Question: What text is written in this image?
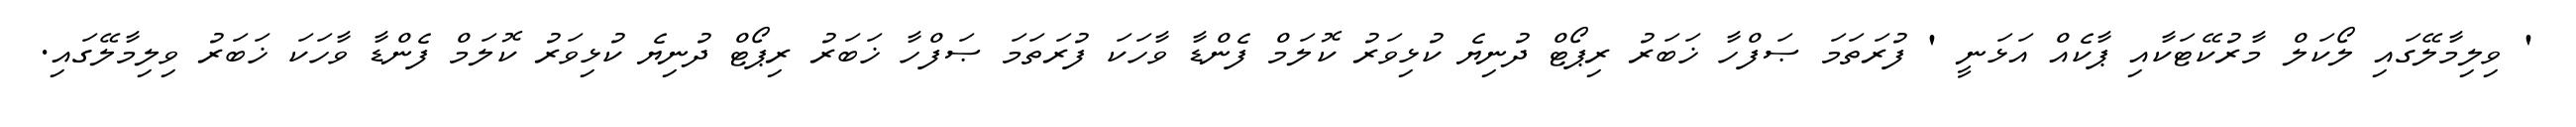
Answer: ' ވިލިމާލޭގައި ލޯކަލް މާރުކޭޓަކާއި ޕާކެއް އަޅަނީ ' ފުރަތަމަ ޞަފްހާ ޚަބަރު ރިޕޯޓް ދުނިޔެ ކުޅިވަރު ކޮލަމް ފެންޑާ ވާހަކަ ފުރަތަމަ ޞަފްހާ ޚަބަރު ރިޕޯޓް ދުނިޔެ ކުޅިވަރު ކޮލަމް ފެންޑާ ވާހަކަ ޚަބަރު ވިލިމާލޭގައި.